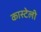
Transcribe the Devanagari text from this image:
कास्टेली